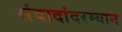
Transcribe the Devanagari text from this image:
संवादांदरम्यान